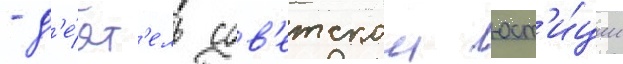
- д'е́ят'ель сов'етскои юст'и́ции